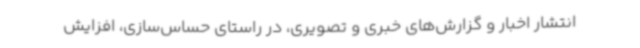
انتشار اخبار و گزارش‌های خبری و تصویری، در راستای حساس‌سازی، افزایش